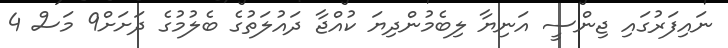
ނައިފަރުގައި ޖިންސީ އަނިޔާ ލިބެމުންދިޔަ ކުއްޖާ ދައުލަތުގެ ބެލުމުގެ ދަށަށް9 މަސް 4